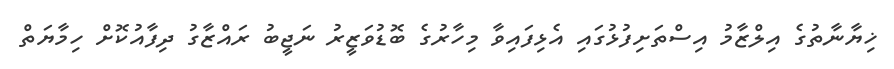
ޚިޔާނާތުގެ އިލްޒާމު އިސްތަށިފުޅުގައި އެޅިފައިވާ މިހާރުގެ ބޮޑުވަޒީރު ނަޖީބު ރައްޒާގު ދިފާއުކޮށް ހިމާޔަތް